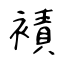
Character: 襀